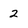
Character: 2